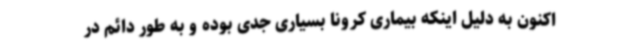
اکنون به دلیل اینکه بیماری کرونا بسیاری جدی بوده و به طور دائم در